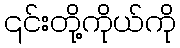
၎င်းတို့ကိုယ်ကို